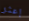
إعثر